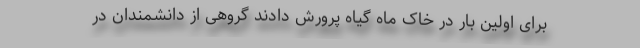
برای اولین بار در خاک ماه گیاه پرورش دادند گروهی از دانشمندان در